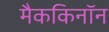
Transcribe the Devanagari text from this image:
मैककिनॉन